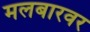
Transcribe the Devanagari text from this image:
मलबारवर